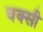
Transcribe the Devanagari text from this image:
वक्सी